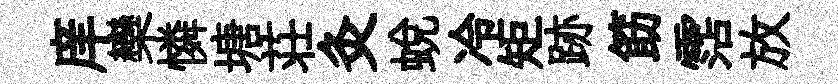
庠欒憐塘荘灸蜕冷矩跡筯霑放